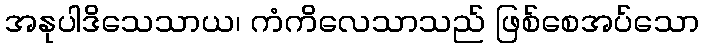
အနုပါဒိသေသာယ၊ ကံကိလေသာသည် ဖြစ်စေအပ်သော